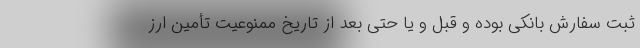
ثبت سفارش بانکی بوده و قبل و یا حتی بعد از تاریخ ممنوعیت تأمین ارز